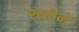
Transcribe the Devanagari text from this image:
रुजीने